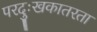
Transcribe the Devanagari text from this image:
परदुःखकातरता